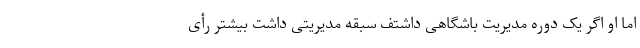
اما او اگر یک دوره مدیریت باشگاهی داشتف سبقه مدیریتی داشت بیشتر رأی